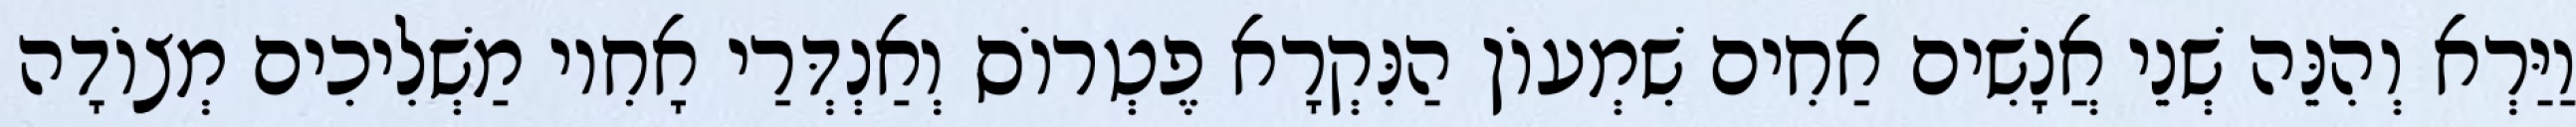
וַיַּרְא וְהִנֵּה שְׁנֵי אֲנָשִׁים אַחִים שִׁמְעוֹן הַנִּקְרָא פֶטְרוֹס וְאַנְדְּרַי אָחִיו מַשְׁלִיכִים מְצוֹדָה